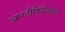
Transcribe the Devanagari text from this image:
आरटीफिशिअल